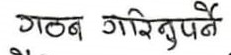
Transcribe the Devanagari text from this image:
गठन गरिनुपर्ने